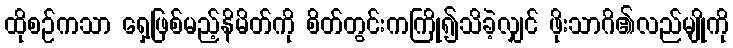
ထိုစဉ်ကသာ ရှေ့ဖြစ်မည့်နိမိတ်ကို စိတ်တွင်းကကြို၍သိခဲ့လျှင် ဖိုးသာဂိ၏လည်မျိုကို